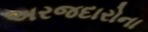
અરજદારોના